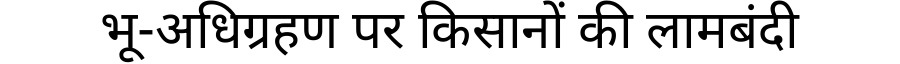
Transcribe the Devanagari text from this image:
भू-अधिग्रहण पर किसानों की लामबंदी